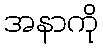
အနာကို